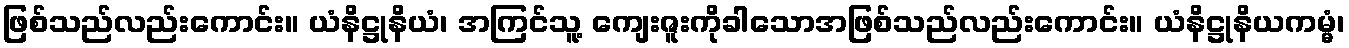
ဖြစ်သည်လည်းကောင်း။ ယံနိဋ္ဌုနိယံ၊ အကြင်သူ့ ကျေးဇူးကိုခါသောအဖြစ်သည်လည်းကောင်း။ ယံနိဋ္ဌုနိယကမ္မံ၊